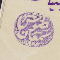
طنوسَ سَمعان